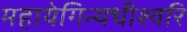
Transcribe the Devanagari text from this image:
महायेगिन्यधीश्वरि